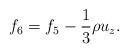
LaTeX: \begin{align*}{f_6} = {f_5} - \frac{1}{3}\rho {u_z}.\end{align*}